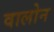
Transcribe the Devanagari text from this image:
वालोन